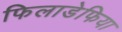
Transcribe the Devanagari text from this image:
फिलाडेफिया